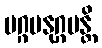
မဂ္ဂမနုဂ္ဂမန္တိ